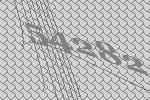
54282